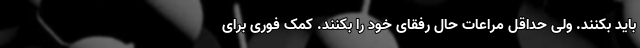
باید بکنند. ولی حداقل مراعات حال رفقای خود را بکنند. کمک فوری برای